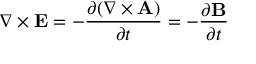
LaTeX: \nabla \times \mathbf { E } = - { \frac { \partial ( \nabla \times \mathbf { A } ) } { \partial t } } = - { \frac { \partial \mathbf { B } } { \partial t } }